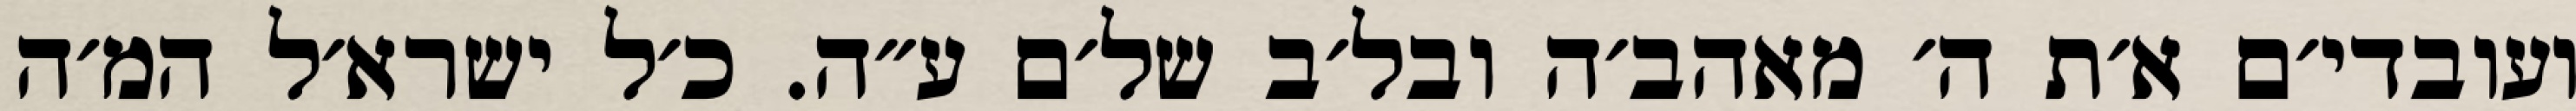
ועובדי׳ם א׳ת ה׳ מאהב׳ה ובל׳ב של׳ם ע״ה. כ׳ל ישרא׳ל המ׳ה